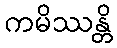
ကမိဿန္တိ